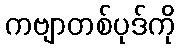
ကဗျာတစ်ပုဒ်ကို